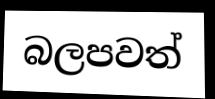
බලපවත්